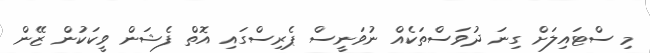
މި ސްޓައިލަށް ގިނަ ދުވަސްތަކެއް ނުވަނީސް ޕެރިސްގައި އޮތް ފެޝަން ވީކަކުން ޒޭން